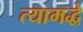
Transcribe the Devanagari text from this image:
त्यामद्धे